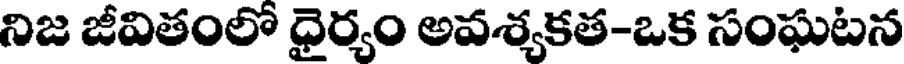
నిజ జీవితంలో ధైర్యం అవశ్యకత-ఒక సంఘటన